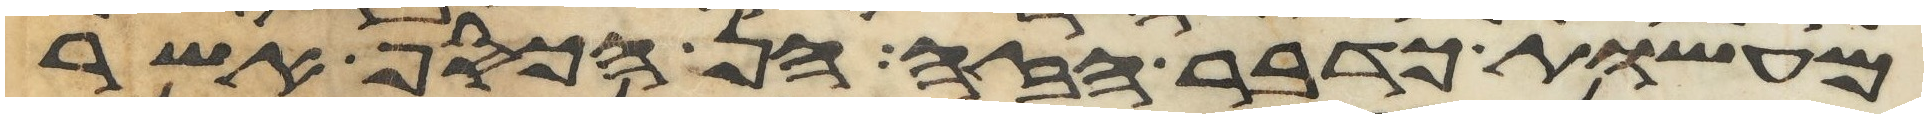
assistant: מעשות כדבר הזה הן הכסף אשר